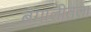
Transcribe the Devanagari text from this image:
बंगालीतला